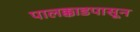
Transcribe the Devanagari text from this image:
पालक्काडपासून